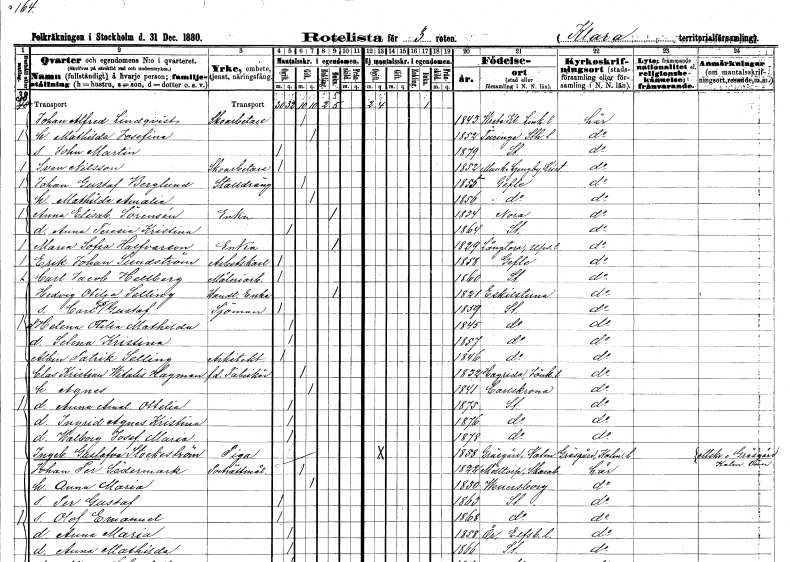
gt_parse: households: individuals: FN: Johan Alfred
EN: Lindqvist
YRKE: Skoarbetare
KON: M
CIV: G
FODAR: 1843
FODFORS: Vreta kloster Östergötlands län
FN: Mathilda Josefina
KON: K
CIV: G
FODAR: 1852
FODFORS: Turinge Stockholms län
FN: John Martin
KON: M
CIV: O
FODAR: 1879
FODFORS: Stockholm
FN: Sven
EN: Nilsson
YRKE: Skoarbetare
KON: M
CIV: O
FODAR: 1852
FODFORS: Munka-Ljungby Kristianstads län
FN: Johan Gustaf
EN: Berglund
YRKE: Stalldräng
KON: M
CIV: G
FODAR: 1855
FODFORS: Gävle Gävleborgs län
FN: Mathilda Amalia
KON: K
CIV: G
FODAR: 1856
FODFORS: Gävle Gävleborgs län
FN: Anna Elisabet
EN: Sörensén
YRKE: Änka
KON: K
CIV: E
FODAR: 1834
FN: Anna Teresia Kristina
KON: K
CIV: O
FODAR: 1864
FODFORS: Stockholm
FN: Maria Sofia
EN: Halfvarson
YRKE: Änka
KON: K
CIV: E
FODAR: 1829
FODFORS: Långtora Uppsala län
FN: Erik Johan
EN: Sundström
YRKE: Arbetskarl
KON: M
CIV: O
FODAR: 1858
FODFORS: Gävle Gävleborgs län
FN: Carl Jacob
EN: Hellberg
YRKE: Måleriarbetare
KON: M
CIV: O
FODAR: 1860
FODFORS: Stockholm
FN: Hedvig Otilia
EN: Selling
YRKE: Handlandeänka
KON: K
CIV: E
FODAR: 1821
FODFORS: Eskilstuna Södermanlands län
FN: Carl Tio?? Gustaf
YRKE: Sjöman
KON: M
CIV: O
FODAR: 1859
FODFORS: Stockholm
FN: Helena Otilia Mathilda
KON: K
CIV: O
FODAR: 1845
FODFORS: Stockholm
FN: Selma Kristina
KON: K
CIV: O
FODAR: 1857
FODFORS: Stockholm
FN: Albin Patrik
EN: Selling
YRKE: Arkitekt
KON: M
CIV: O
FODAR: 1846
FODFORS: Stockholm
FN: Clas Kristian Witalis
EN: Hagman
YRKE: Fabrikör f.d.
KON: M
CIV: G
FODAR: 1832
FODFORS: Hagrida Jönköpings län
FN: Agnes
KON: K
CIV: G
FODAR: 1841
FODFORS: Karlskrona Blekinge län
FN: Anna Amalia Ottelia
KON: K
CIV: O
FODAR: 1875
FODFORS: Stockholm
FN: Ingrid Agnes Kristina
KON: K
CIV: O
FODAR: 1876
FODFORS: Stockholm
FN: Walborg Josefina Maria
KON: K
CIV: O
FODAR: 1878
FODFORS: Stockholm
FN: Ingeborg Gustafva
EN: Stockeström
YRKE: Piga
KON: K
CIV: O
FODAR: 1858
FODFORS: Gräsgård Kalmar län
FN: Johan Per
EN: Södermark
YRKE: Porträttmålare
KON: M
CIV: G
FODAR: 1822
FODFORS: Mölltorp Skaraborgs län
FN: Anna Maria
KON: K
CIV: G
FODAR: 1830
FODFORS: Vänersborg Älvsborgs län
FN: Per Gustaf
KON: M
CIV: O
FODAR: 1863
FODFORS: Stockholm
FN: Olof Emanuel
KON: M
CIV: O
FODAR: 1868
FODFORS: Stockholm
FN: Anna Maria
KON: K
CIV: O
FODAR: 1858
FODFORS: Ör Älvsborgs län
FN: Anna Mathilda
KON: K
CIV: O
FODAR: 1866
FODFORS: Stockholm